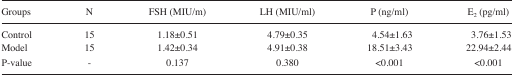
| Groups | N | FSH (MIU/m) | LH (MIU/ml) | P (ng/ml) | E2 (pg/ml) |
 | --- | --- | --- | --- | --- | --- |
 | Control | 15 | 1.18±0.51 | 4.79±0.35 | 4.54±1.63 | 3.76±1.53 |
 | Model | 15 | 1.42±0.34 | 4.91±0.38 | 18.51±3.43 | 22.94±2.44 |
 | P-value | - | 0.137 | 0.380 | <0.001 | <0.001 |